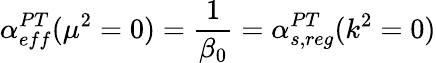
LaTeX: \alpha_{eff}^{PT}(\mu^{2}=0)={\frac{1}{\beta_{0}}}=\alpha_{s,reg}^{PT}(k^{2}=0)